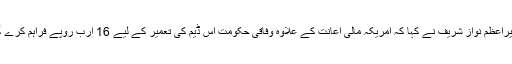
وزیراعظم نواز شریف نے کہا کہ امریکہ مالی اعانت کے علاوہ وفاقی حکومت اس ڈیم کی تعمیر کے لیے 16 ارب روپے فراہم کرے گی۔